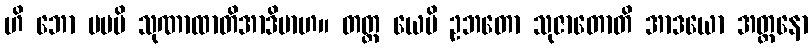
ဟိ ဘော မမပိ သုဏာထာတိအာဒိမာဟ။ တတ္ထ ယေပိ ဥဘတော သုဇာတောတိ အာဒယော အတ္တနော